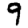
Digit: 9